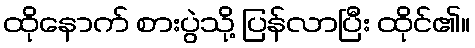
ထိုနောက် စားပွဲသို့ ပြန်လာပြီး ထိုင်၏။